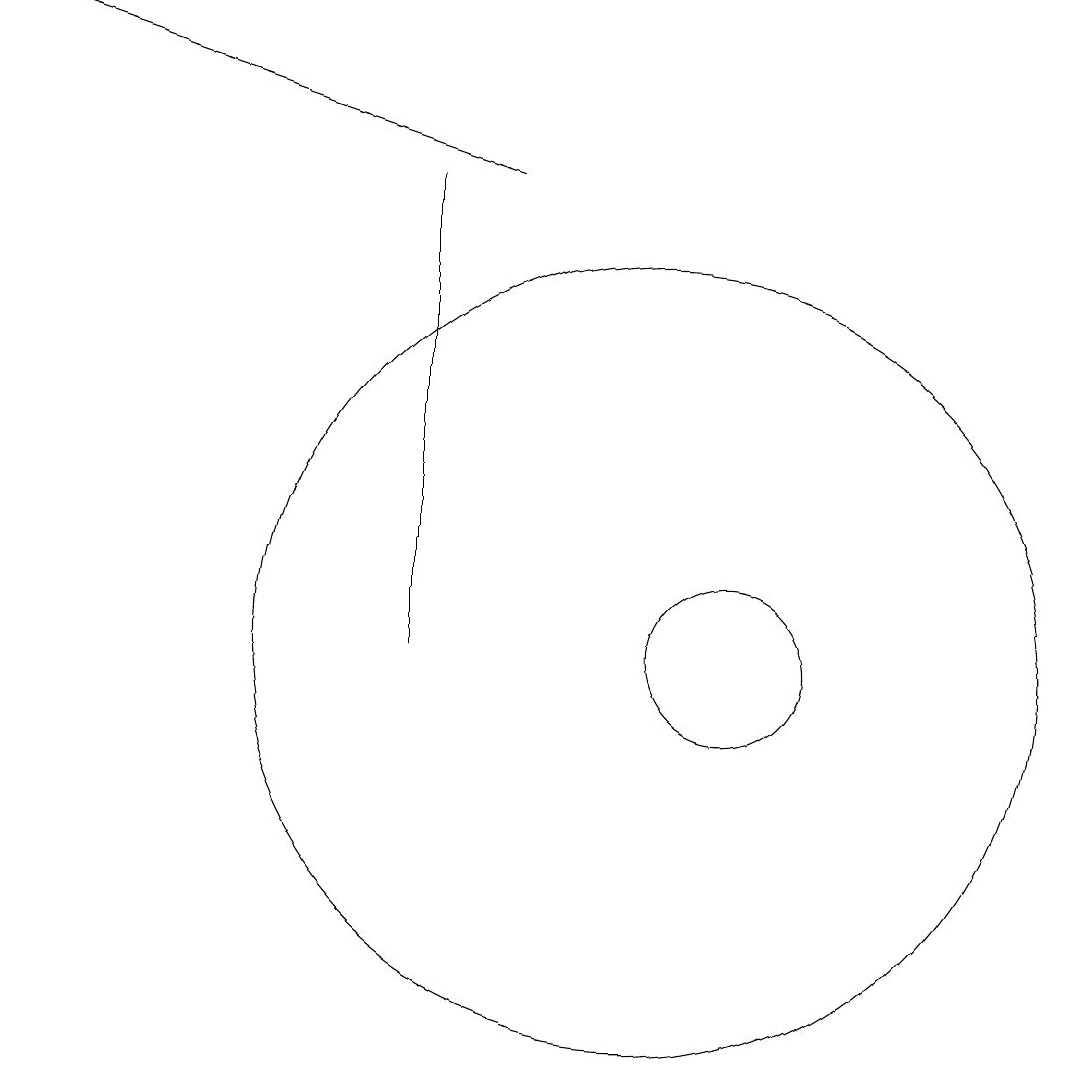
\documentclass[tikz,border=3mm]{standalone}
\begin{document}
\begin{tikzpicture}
\draw (11,10) circle (5);
\draw (8,10) rectangle (8,16);
\draw[->] (9,16) -- (3,18);
\draw (12,10) circle (1);
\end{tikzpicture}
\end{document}